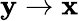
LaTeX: \mathbf y\to\mathbf x